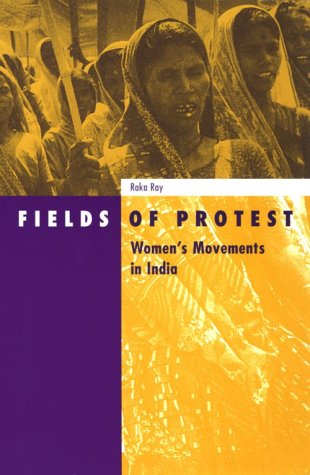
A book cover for Fields Of Protest: Women's Movement in India (Social Movements, Protest and Contention); Raka Ray; Gay & Lesbian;